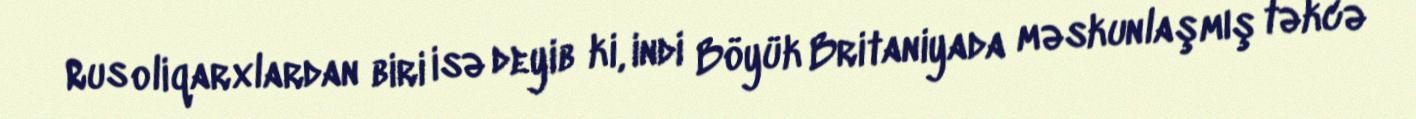
Rus oliqarxlardan biri isə deyib ki, indi Böyük Britaniyada məskunlaşmış təkcə